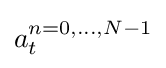
a_{t}^{n=0,\ldots ,N-1}